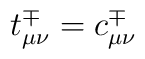
t_{\mu \nu }^{\mp }=c_{\mu \nu }^{\mp }